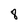
Character: 8